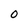
Character: 0